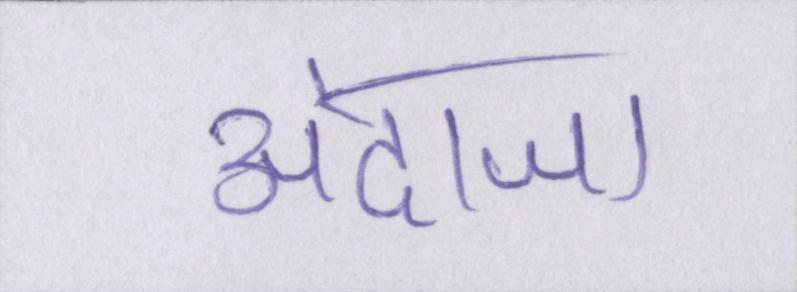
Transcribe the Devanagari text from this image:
अंदाजा